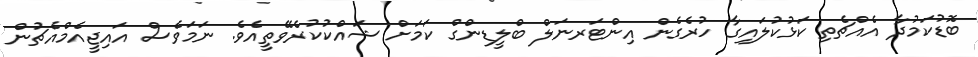
ބޮޑުކަމުދާ އެއްޗެތި ކަޅުކުލައިގާ ހުރެގެން އިންޓަރނަލް ބްލީޑިންގް ކަމަށް ޝައްކުކުރެވޭތީއެވެ. ނަމަވެސް އައިޖީއެމްއެޗުން